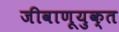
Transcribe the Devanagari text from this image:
जीवाणूयुक्त